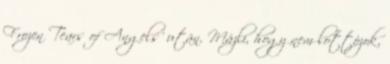
Frozen Tears of Angels’ után. Mázli, hogy nem lottózok,